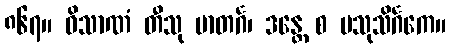
၈၆၇။ ဝိသာဏံ တီသု မာတင်္ဂ၊ ဒန္တေ စ ပသုသိင်္ဂကေ။